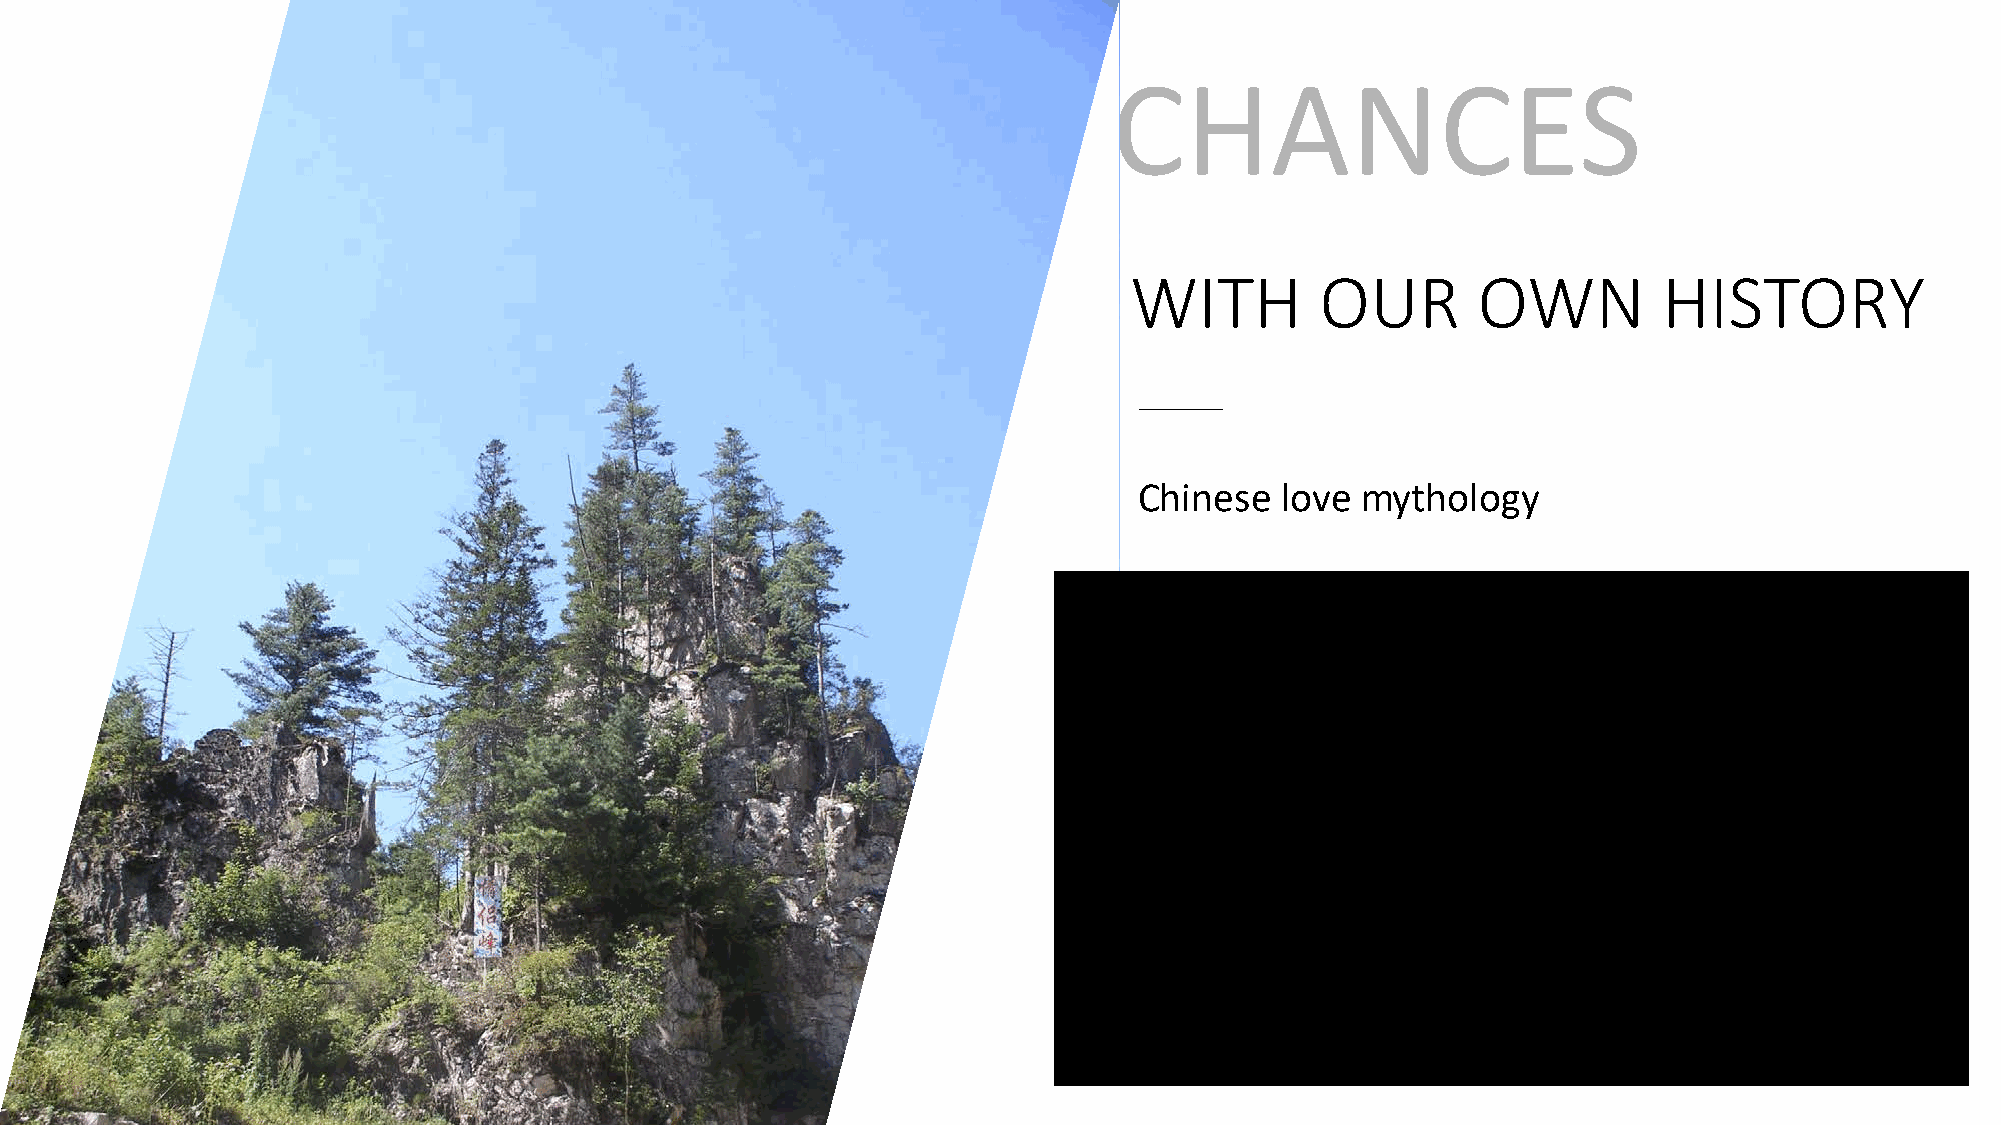
CHANCES
 WITH        OUR        OWN         HISTORY
 Chinese   love mythology